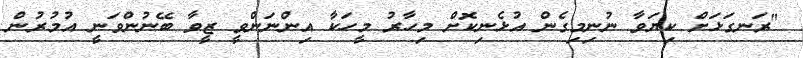
"ރަނގަޅަށް ކިޔަވާ ނުނިމިގެން އުޅެނިކޮށް މިހާރު މީހަކާ އިންނަންވީ ޒީވާ ބޭނުންވަނީ އުމުރުން